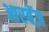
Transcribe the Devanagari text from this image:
आरबेंज़